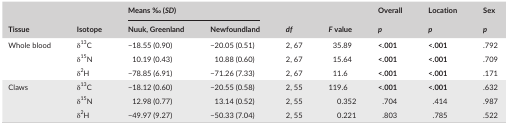
<table><thead><tr><td rowspan="2"><b>Tissue</b></td><td rowspan="2"><b>Isotope</b></td><td colspan="2"><b>Means ‰ (<i>SD</i>)</b></td><td rowspan="2"><b><i>df</i></b></td><td rowspan="2"><b><i>F</i> value</b></td><td><b>Overall</b></td><td><b>Location</b></td><td><b>Sex</b></td></tr><tr><td><b>Nuuk, Greenland</b></td><td><b>Newfoundland</b></td><td><b><i>p</i></b></td><td><b><i>p</i></b></td><td><b><i>p</i></b></td></tr></thead><tbody><tr><td rowspan="3">Whole blood</td><td>δ<sup>13</sup>C</td><td>−18.55 (0.90)</td><td>−20.05 (0.51)</td><td>2, 67</td><td>35.89</td><td><b>&lt;.001</b></td><td><b>&lt;.001</b></td><td>.792</td></tr><tr><td>δ<sup>15</sup>N</td><td>10.19 (0.43)</td><td>10.88 (0.60)</td><td>2, 67</td><td>15.64</td><td><b>&lt;.001</b></td><td><b>&lt;.001</b></td><td>.709</td></tr><tr><td>δ<sup>2</sup>H</td><td>−78.85 (6.91)</td><td>−71.26 (7.33)</td><td>2, 67</td><td>11.6</td><td><b>&lt;.001</b></td><td><b>&lt;.001</b></td><td>.171</td></tr><tr><td rowspan="3">Claws</td><td>δ<sup>13</sup>C</td><td>−18.12 (0.60)</td><td>−20.55 (0.58)</td><td>2, 55</td><td>119.6</td><td><b>&lt;.001</b></td><td><b>&lt;.001</b></td><td>.632</td></tr><tr><td>δ<sup>15</sup>N</td><td>12.98 (0.77)</td><td>13.14 (0.52)</td><td>2, 55</td><td>0.352</td><td>.704</td><td>.414</td><td>.987</td></tr><tr><td>δ<sup>2</sup>H</td><td>−49.97 (9.27)</td><td>−50.33 (7.04)</td><td>2, 55</td><td>0.221</td><td>.803</td><td>.785</td><td>.522</td></tr></tbody></table>